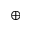
\oplus